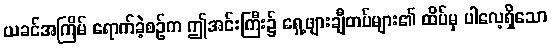
ယခင်အကြိမ် ရောက်ခဲ့စဉ်က ဤအင်းကြီး၌ ရှေ့ဖျားချီတပ်များ၏ ထိပ်မှ ပါလေ့ရှိသော